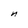
Character: n